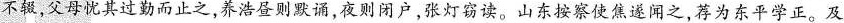
不辍，父母忧其过勤而止之，养浩昼则默诵，夜则闭户，张灯窃读。山东按察使焦遂闻之，荐为东平学正。及